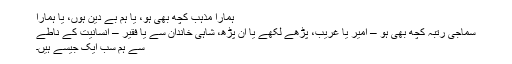
ہمارا مذہب کچھ بھی ہو، یا ہم بے دین ہوں، یا ہمارا
سماجی رتبہ کچھ بھی ہو – امیر یا غریب، پڑھے لکھے یا ان پڑھ، شاہی خاندان سے یا فقیر – انسانیت کے ناطے
سے ہم سب ایک جیسے ہیں۔